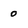
Character: 0